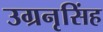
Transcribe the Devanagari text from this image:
उग्रनृसिंह